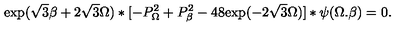
\mathrm { e x p } ( \sqrt { 3 } \beta + 2 \sqrt { 3 } \Omega ) * [ - P _ { \Omega } ^ { 2 } + P _ { \beta } ^ { 2 } - 4 8 \mathrm { e x p } ( - 2 \sqrt { 3 } \Omega ) ] * \psi ( \Omega . \beta ) = 0 .